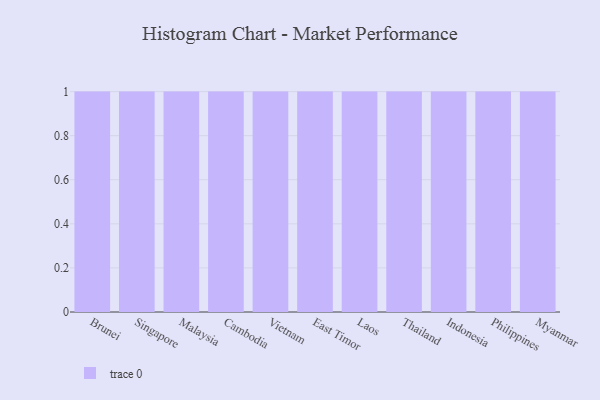
{"axis": {"x": "Country", "y": "Humidity (%)"}, "legend": [""], "data": [{"x": "Brunei", "y": 2, "type": ""}, {"x": "Singapore", "y": 55, "type": ""}, {"x": "Malaysia", "y": 10, "type": ""}, {"x": "Cambodia", "y": 64, "type": ""}, {"x": "Vietnam", "y": 7, "type": ""}, {"x": "East Timor", "y": 78, "type": ""}, {"x": "Laos", "y": 73, "type": ""}, {"x": "Thailand", "y": 10, "type": ""}, {"x": "Indonesia", "y": 22, "type": ""}, {"x": "Philippines", "y": 44, "type": ""}, {"x": "Myanmar", "y": 45, "type": ""}]}